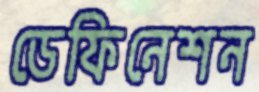
ডেফিনেশন